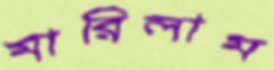
মারিলাম